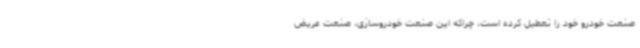
صنعت خودرو خود را تعطیل کرده است، چراکه این صنعت خودروسازی، صنعت عریض